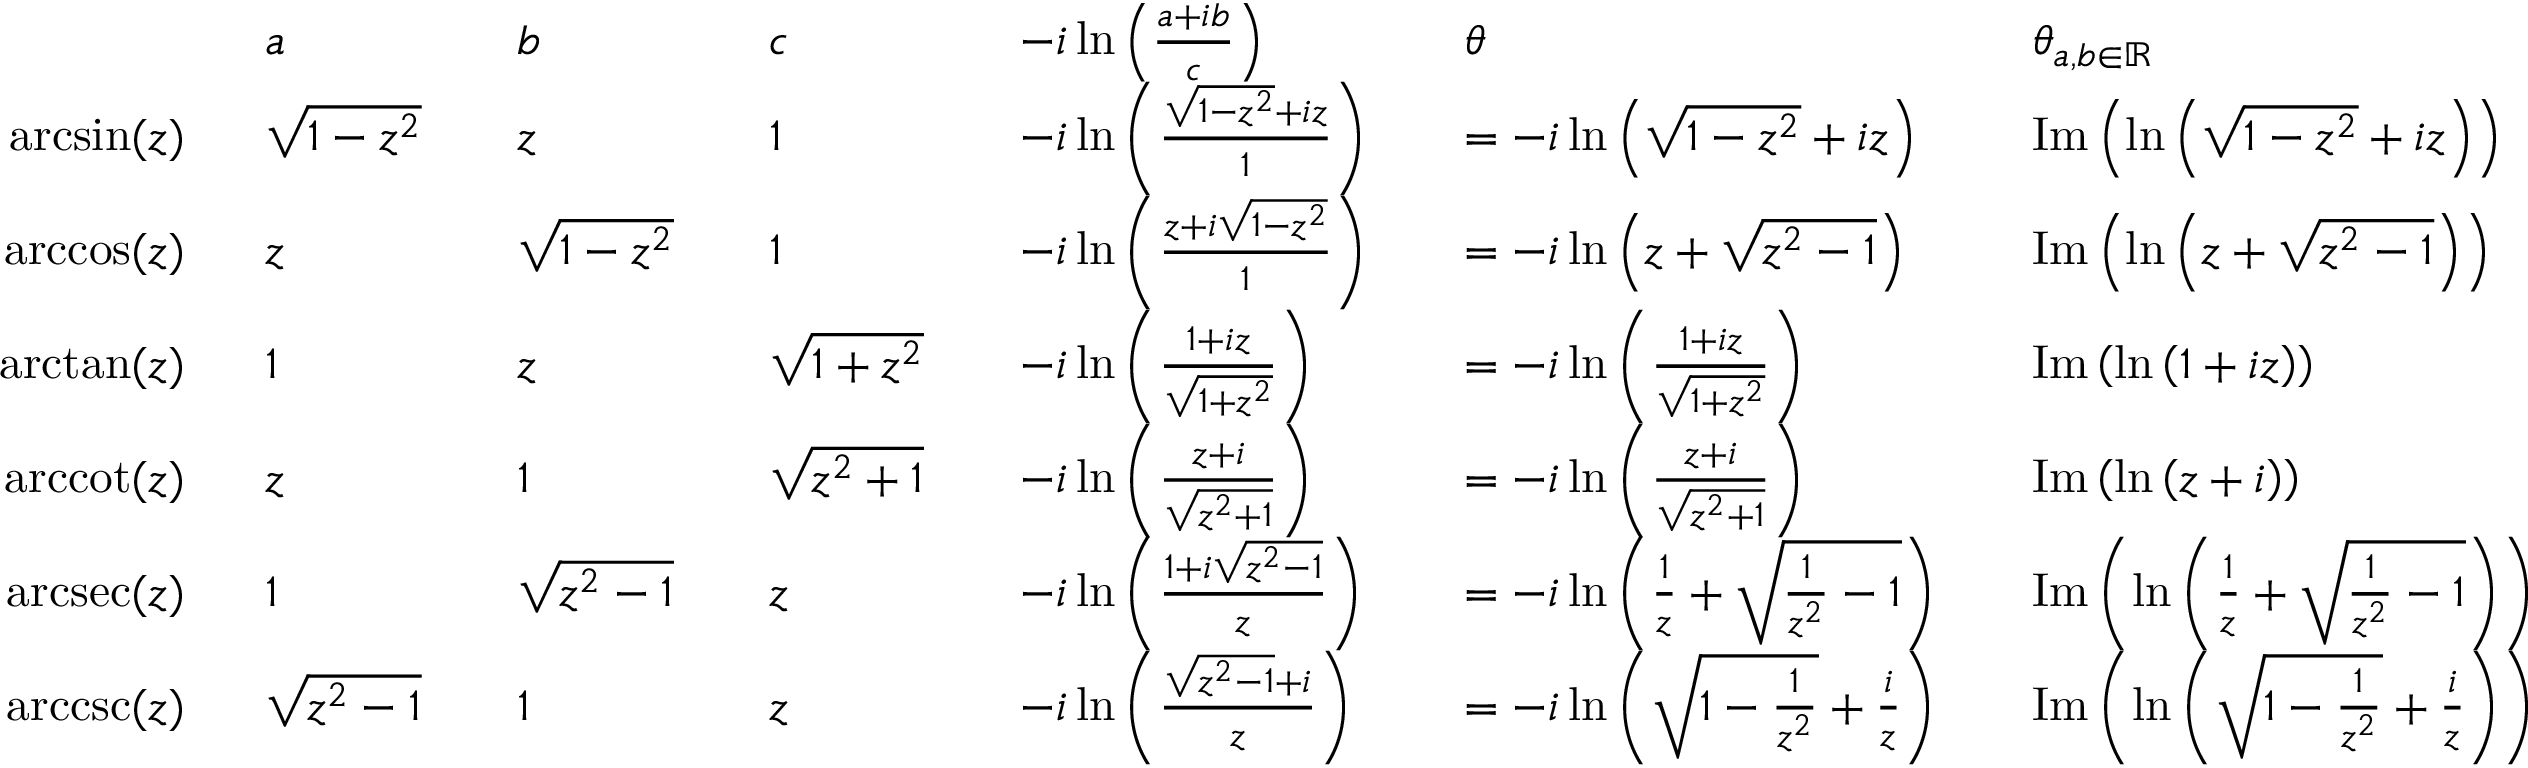
{ \begin{array} { r l r l r l r l r l r l } & { a } & & { b } & & { c } & & { - i \ln \left( { \frac { a + i b } { c } } \right) } & & { \theta } & & { \theta _ { a , b \in \mathbb { R } } } \\ { \arcsin ( z ) \ \ } & { { \sqrt { 1 - z ^ { 2 } } } } & & { z } & & { 1 } & & { - i \ln \left( { \frac { { \sqrt { 1 - z ^ { 2 } } } + i z } { 1 } } \right) } & & { = - i \ln \left( { \sqrt { 1 - z ^ { 2 } } } + i z \right) } & & { \operatorname { I m } \left( \ln \left( { \sqrt { 1 - z ^ { 2 } } } + i z \right) \right) } \\ { \operatorname { a r c c o s } ( z ) \ \ } & { z } & & { { \sqrt { 1 - z ^ { 2 } } } } & & { 1 } & & { - i \ln \left( { \frac { z + i { \sqrt { 1 - z ^ { 2 } } } } { 1 } } \right) } & & { = - i \ln \left( z + { \sqrt { z ^ { 2 } - 1 } } \right) } & & { \operatorname { I m } \left( \ln \left( z + { \sqrt { z ^ { 2 } - 1 } } \right) \right) } \\ { \arctan ( z ) \ \ } & { 1 } & & { z } & & { { \sqrt { 1 + z ^ { 2 } } } } & & { - i \ln \left( { \frac { 1 + i z } { \sqrt { 1 + z ^ { 2 } } } } \right) } & & { = - i \ln \left( { \frac { 1 + i z } { \sqrt { 1 + z ^ { 2 } } } } \right) } & & { \operatorname { I m } \left( \ln \left( 1 + i z \right) \right) } \\ { \operatorname { a r c c o t } ( z ) \ \ } & { z } & & { 1 } & & { { \sqrt { z ^ { 2 } + 1 } } } & & { - i \ln \left( { \frac { z + i } { \sqrt { z ^ { 2 } + 1 } } } \right) } & & { = - i \ln \left( { \frac { z + i } { \sqrt { z ^ { 2 } + 1 } } } \right) } & & { \operatorname { I m } \left( \ln \left( z + i \right) \right) } \\ { \operatorname { a r c s e c } ( z ) \ \ } & { 1 } & & { { \sqrt { z ^ { 2 } - 1 } } } & & { z } & & { - i \ln \left( { \frac { 1 + i { \sqrt { z ^ { 2 } - 1 } } } { z } } \right) } & & { = - i \ln \left( { \frac { 1 } { z } } + { \sqrt { { \frac { 1 } { z ^ { 2 } } } - 1 } } \right) } & & { \operatorname { I m } \left( \ln \left( { \frac { 1 } { z } } + { \sqrt { { \frac { 1 } { z ^ { 2 } } } - 1 } } \right) \right) } \\ { \operatorname { a r c c s c } ( z ) \ \ } & { { \sqrt { z ^ { 2 } - 1 } } } & & { 1 } & & { z } & & { - i \ln \left( { \frac { { \sqrt { z ^ { 2 } - 1 } } + i } { z } } \right) } & & { = - i \ln \left( { \sqrt { 1 - { \frac { 1 } { z ^ { 2 } } } } } + { \frac { i } { z } } \right) } & & { \operatorname { I m } \left( \ln \left( { \sqrt { 1 - { \frac { 1 } { z ^ { 2 } } } } } + { \frac { i } { z } } \right) \right) } \end{array} }